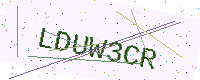
Text: LDUW3CR